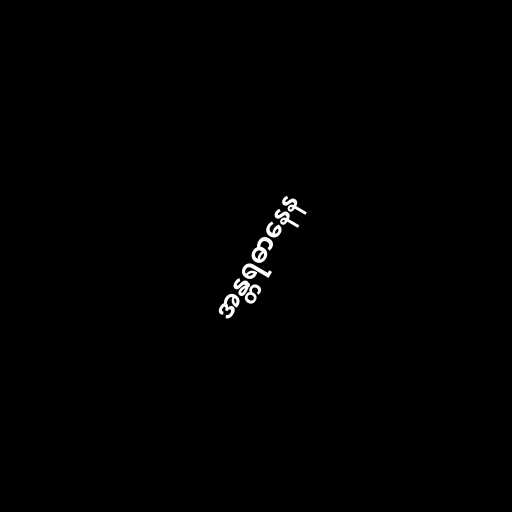
အန္တရဓာနေန